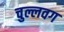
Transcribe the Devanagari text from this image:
चुल्लवग